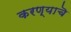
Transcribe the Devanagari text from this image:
करण्याचॆ